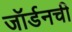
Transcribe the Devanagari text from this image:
जॉर्डनची